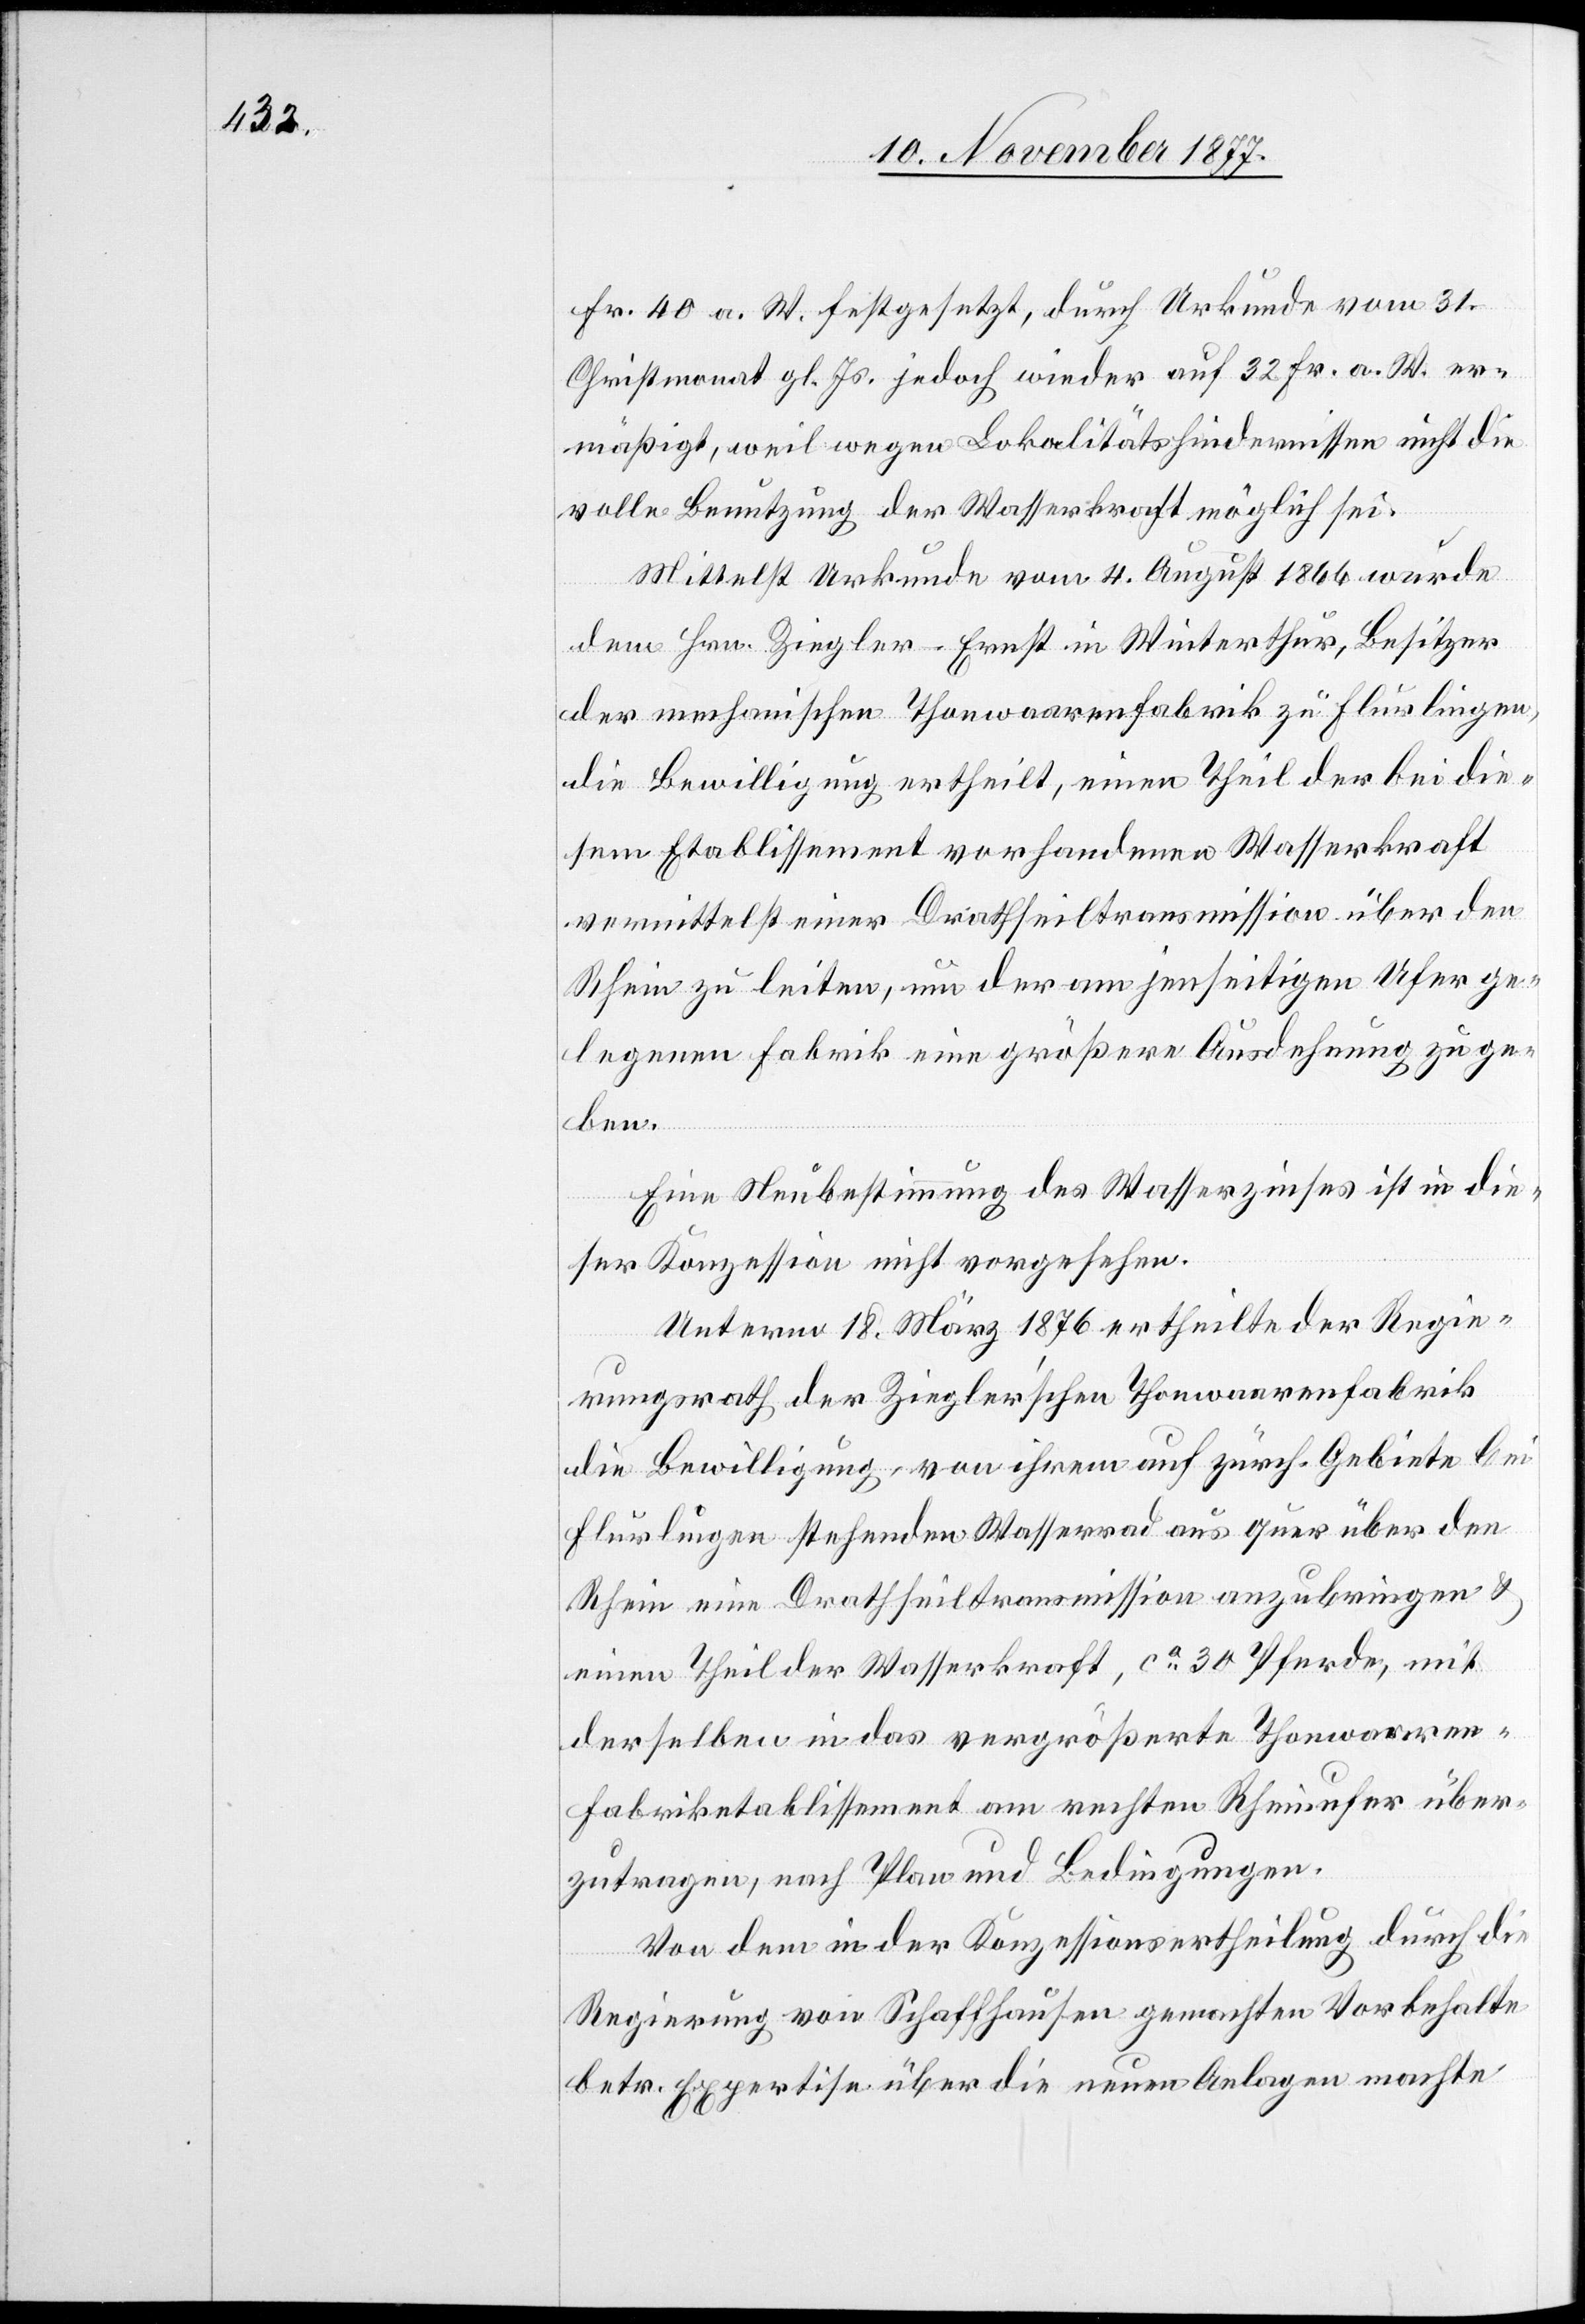
Fr. 40 a. W. festgesetzt, durch Urkunde vom 31.
Christmonat gl. Js. jedoch wieder auf 32 Fr. a. W. er¬
mäßigt, weil wegen Lokalitätshindernissen nicht die
volle Benutzung der Wasserkraft möglich sei.
Mittelst Urkunde vom 4. August 1866 wurde
dem Hrn. Ziegler-Ernst in Winterthur, Besitzer
der mechanischen Thonwaarenfabrik zu Flurlingen,
die Bewilligung ertheilt, einen Theil der bei die¬
sem Etablissement vorhandenen Wasserkraft
vermittelst einer Drathseiltransmission über den
Rhein zu leiten, um der am jenseitigen Ufer ge¬
legenen Fabrik eine größere Ausdehnung zu ge¬
ben.
Eine Neubestimmung des Wasserzinses ist in die¬
ser Konzession nicht vorgesehen.
Unterm 18. März 1876 ertheilte der Regie¬
rungsrath der Ziegler’schen Thonwaarenfabrik
die Bewilligung, von ihrem auf zürch. Gebiete bei
Flurlingen stehenden Wasserrad aus quer über den
Rhein eine Drathseiltransmission anzubringen &
einen Theil der Wasserkraft, ca 30 Pferde, mit
derselben in das vergrößerte Thonwaaren-F¬
abriketablissement am rechten Rheinufer über¬
zutragen, nach Plan und Bedingungen.
Von dem in der Konzessionsertheilung durch die
Regierung von Schaffhausen gemachten Vorbehalte
betr. Expertise über die neuen Anlagen machte